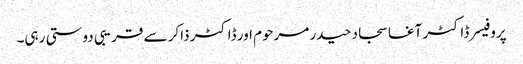
پروفیسر ڈاکٹر آغا سجاد حیدر مرحوم اور ڈاکٹر ذاکر سے قریبی دوستی رہی۔